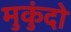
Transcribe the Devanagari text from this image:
मुकुंदो